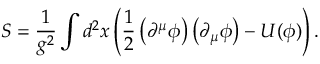
S = \frac { 1 } { g ^ { 2 } } \int d ^ { 2 } x \left( \frac { 1 } { 2 } \left( \partial ^ { \mu } \phi \right) \left( \partial _ { \mu } \phi \right) - U ( \phi ) \right) .